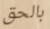
بالحق